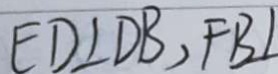
E D \bot D B , F B \bot